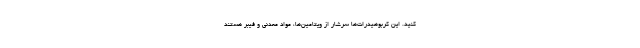
کنید. این کربوهیدرات‌ها سرشار از ویتامین‌ها، مواد معدنی و فیبر هستند